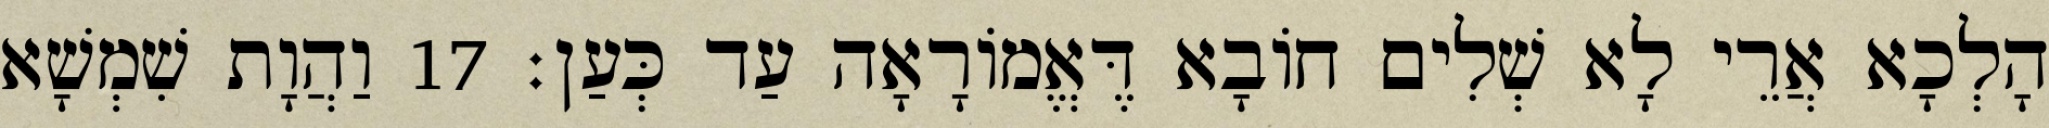
הָלְכָא אֲרֵי לָא שְׁלִים חוֹבָא דֶּאֱמוֹרָאָה עַד כְּעַן׃ 17 וַהֲוָת שִׁמְשָׁא